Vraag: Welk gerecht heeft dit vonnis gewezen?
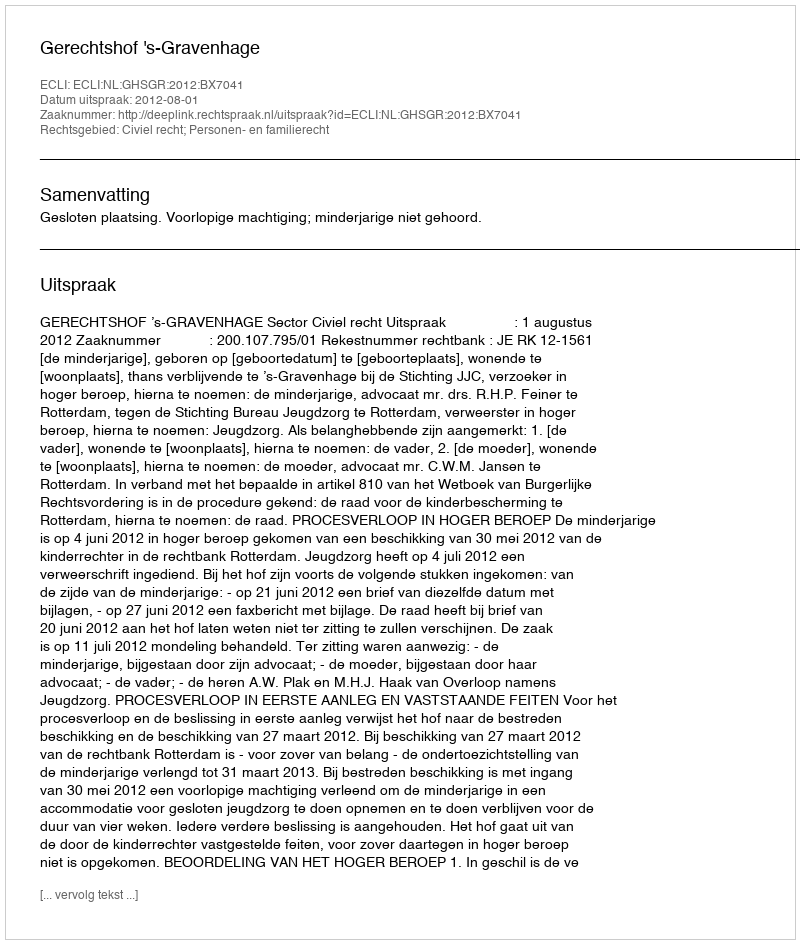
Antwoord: Gerechtshof 's-Gravenhage